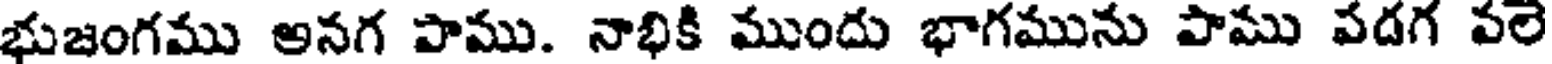
భుజంగము అనగ పాము. నాభికి ముందు భాగమును పాము పదగ వల